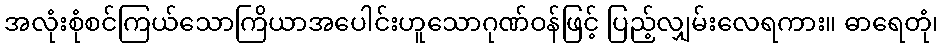
အလုံးစုံစင်ကြယ်သောကြိယာအပေါင်းဟူသောဂုဏ်ဝန်ဖြင့် ပြည့်လျှမ်းလေရကား။ ဓာရေတုံ၊